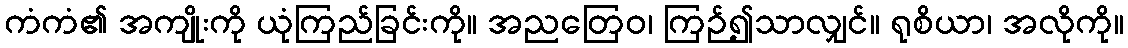
ကံကံ၏ အကျိုးကို ယုံကြည်ခြင်းကို။ အညတြေဝ၊ ကြဉ်၍သာလျှင်။ ရုစိယာ၊ အလိုကို။